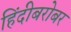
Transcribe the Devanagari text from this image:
हिंदीबरोबर